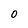
Character: O